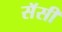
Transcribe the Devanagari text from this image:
सॅसी